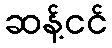
ဆန့်ငင်